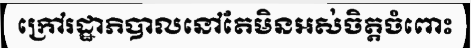
ក្រៅរដ្ឋាភិបាលនៅតែមិនអស់ចិត្តចំពោះ